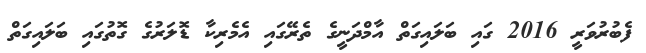
ފެބުރުވަރީ 2016 ގައި ބަލައިގަތް އާމްދަނީގެ ތެރޭގައި އެމެރިކާ ޑޮލަރުގެ ގޮތުގައި ބަލައިގަތް